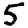
Digit: 5